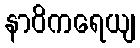
နာဝိကရေယျ